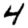
Digit: 4